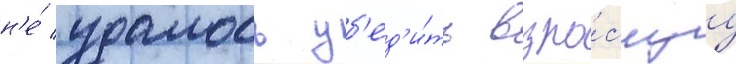
н'е́ удалось уб'ед'и́ть взро́слуу